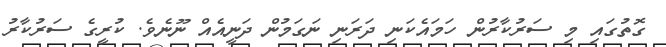
ގޮތުގައި މި ސަރުކާރުން ހަމައެކަނި ދަރަނި ނަގަމުން ދަނީއެއް ނޫނެވެ. ކުރީގެ ސަރުކާރު